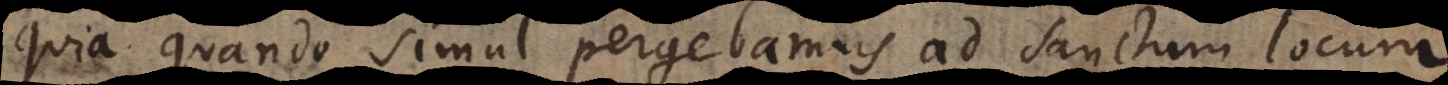
quia quando simul pergebamus ad sanctum locum